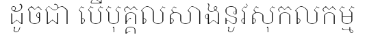
ដូចជា បើបុគ្គលសាងនូវសុកលកម្ម